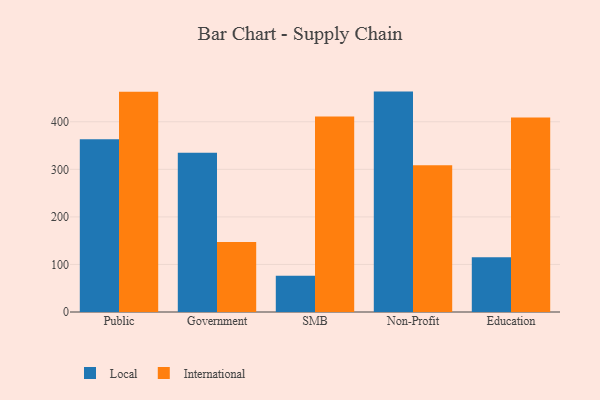
{"axis": {"x": "Segment", "y": "Page Views"}, "legend": ["International", "Local"], "data": [{"x": "Public", "y": 363.3, "type": "Local"}, {"x": "Public", "y": 462.9, "type": "International"}, {"x": "Government", "y": 334.9, "type": "Local"}, {"x": "Government", "y": 147.3, "type": "International"}, {"x": "SMB", "y": 76.1, "type": "Local"}, {"x": "SMB", "y": 411.1, "type": "International"}, {"x": "Non-Profit", "y": 463.4, "type": "Local"}, {"x": "Non-Profit", "y": 308.6, "type": "International"}, {"x": "Education", "y": 115.0, "type": "Local"}, {"x": "Education", "y": 408.9, "type": "International"}]}